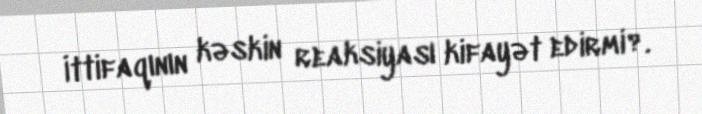
İttifaqının kəskin reaksiyası kifayət edirmi?.